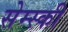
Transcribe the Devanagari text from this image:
सेम्स्की